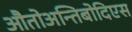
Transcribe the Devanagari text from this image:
औतोअन्तिबोदिएस